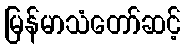
မြန်မာသံတော်ဆင့်